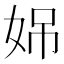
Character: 𪥳